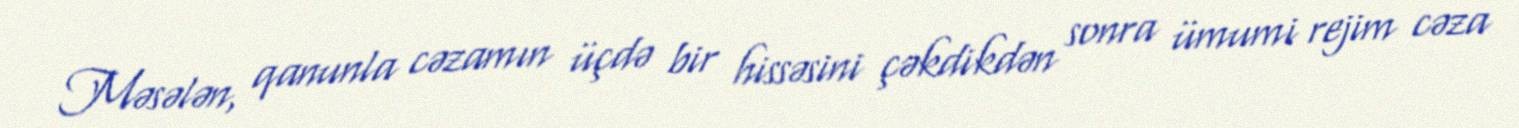
Məsələn, qanunla cəzamın üçdə bir hissəsini çəkdikdən sonra ümumi rejim cəza